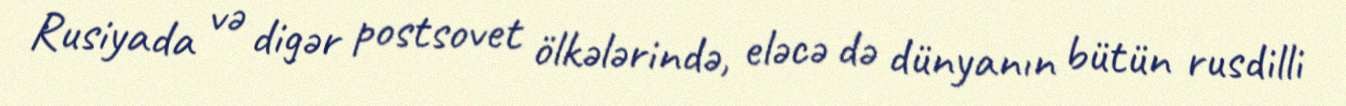
Rusiyada və digər postsovet ölkələrində, eləcə də dünyanın bütün rusdilli